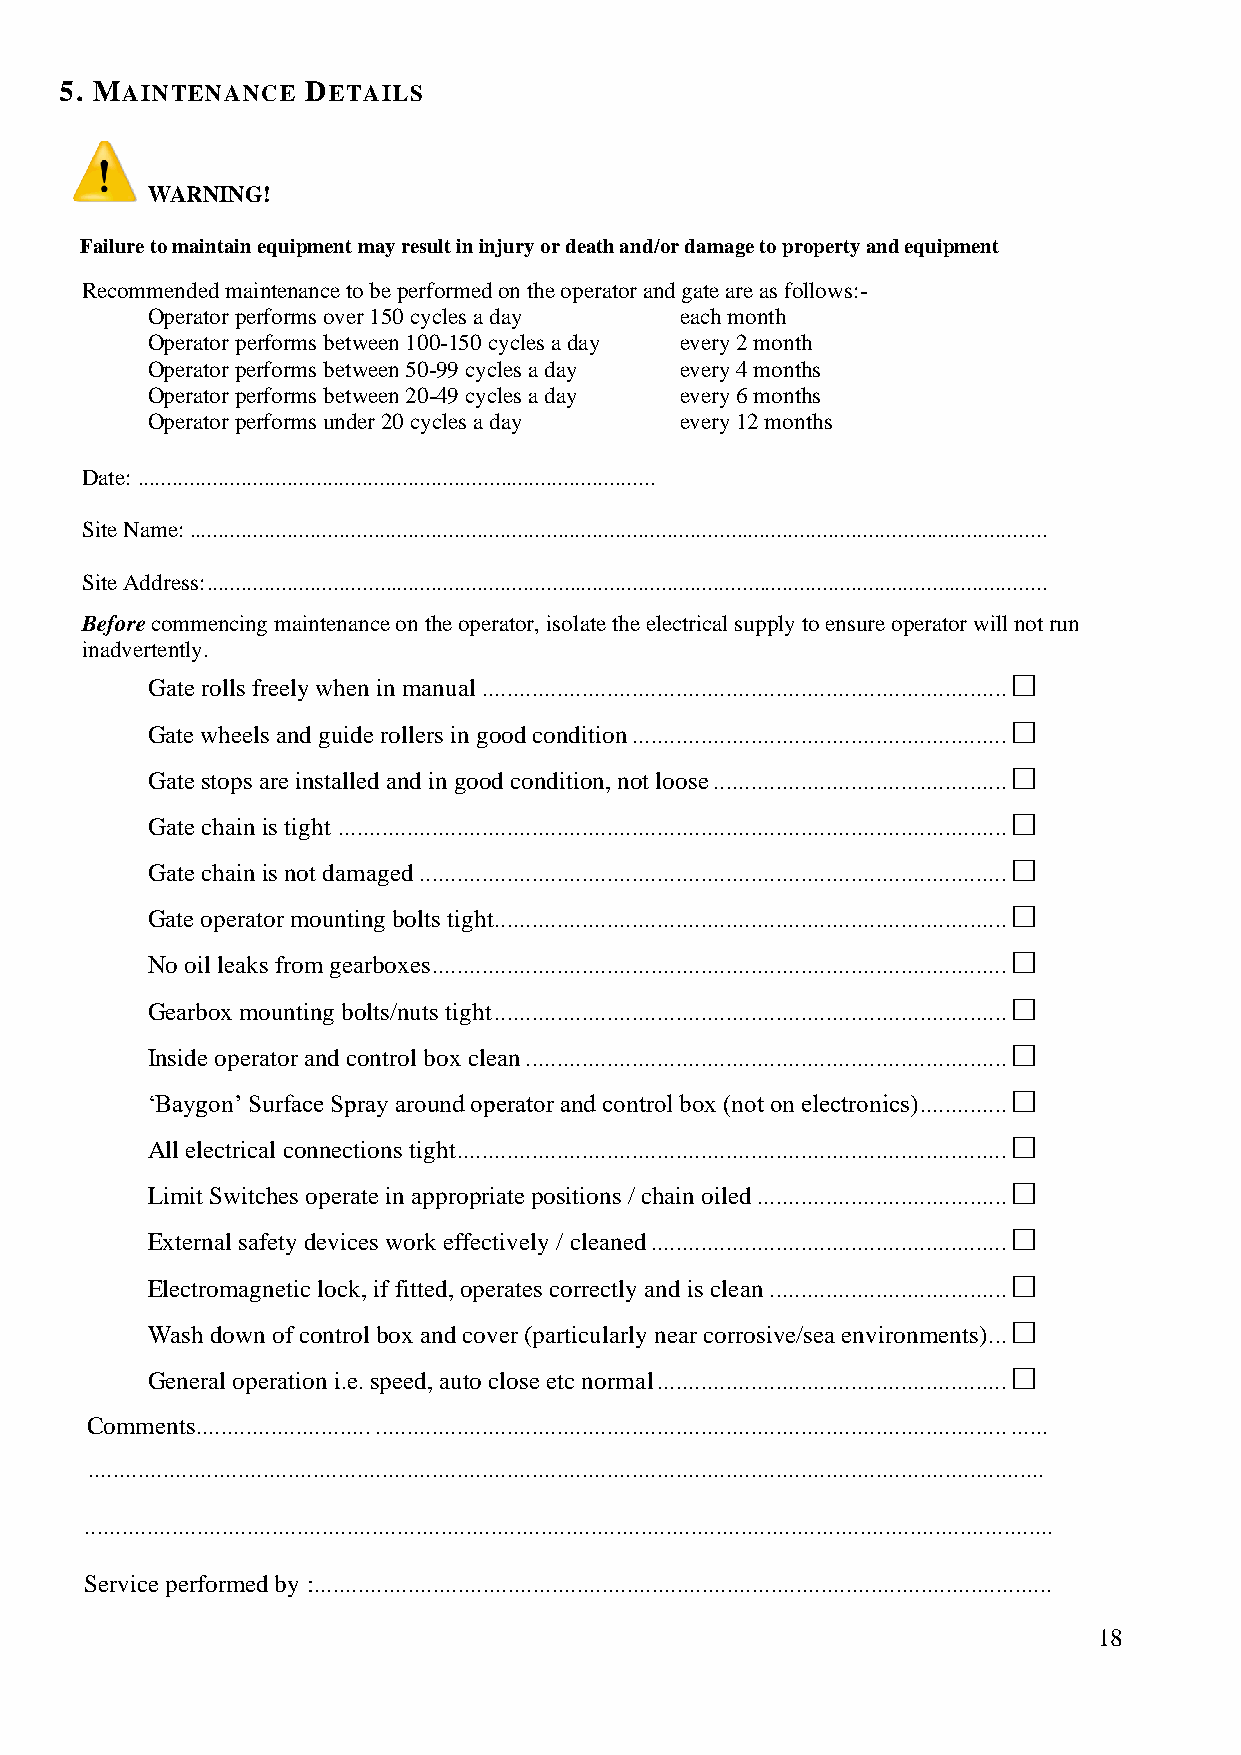
5. MAINTENANCE  DETAILS
 WARNING!
 Failure to maintain equipment may result in injury or death and/or damage to property and equipment
 Recommended maintenance to be performed on the operator and gate are as follows:-
 Operator performs over 150 cycles a day each month
 Operator performs between 100-150 cycles a day every 2 month
 Operator performs between 50-99 cycles a day every 4 months
 Operator performs between 20-49 cycles a day every 6 months
 Operator performs under 20 cycles a day every 12 months
 Date: ..........................................................................................
 Site Name: .....................................................................................................................................................
 Site Address: ..................................................................................................................................................
 Before commencing maintenance on the operator, isolate the electrical supply to ensure operator will not run
 inadvertently.
 Gate rolls freely when in manual .................................................................................... 
 Gate wheels and guide rollers in good condition ............................................................ 
 Gate stops are installed and in good condition, not loose ............................................... 
 Gate chain is tight ........................................................................................................... 
 Gate chain is not damaged .............................................................................................. 
 Gate operator mounting bolts tight .................................................................................. 
 No oil leaks from gearboxes ............................................................................................ 
 Gearbox mounting bolts/nuts tight .................................................................................. 
 Inside operator and control box clean ............................................................................. 
 ‘Baygon’ Surface Spray around operator and control box (not on electronics) .............. 
 All electrical connections tight ........................................................................................ 
 Limit Switches operate in appropriate positions / chain oiled ........................................ 
 External safety devices work effectively / cleaned ......................................................... 
 Electromagnetic lock, if fitted, operates correctly and is clean ...................................... 
 Wash down of control box and cover (particularly near corrosive/sea environments) ... 
 General operation i.e. speed, auto close etc normal ........................................................ 
 Comments............................ ..................................................................................................... ......
 .........................................................................................................................................................
 ...........................................................................................................................................................
 Service performed by :......................................................................................................................
 18